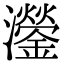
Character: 灐